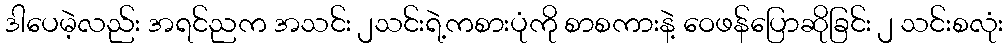
ဒါပေမဲ့လည်း အရင်ညက အသင်း ၂သင်းရဲ့ကစားပုံကို စာစကားနဲ့ ဝေဖန်ပြောဆိုခြင်း ၂ သင်းစလုံး